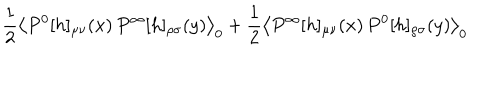
\frac { 1 } { 2 } \left< P ^ { 0 } [ h ] _ { \mu \nu } ( x ) \, P ^ { \infty } [ h ] _ { \rho \sigma } ( y ) \right> _ { 0 } + \frac { 1 } { 2 } \left< P ^ { \infty } [ h ] _ { \mu \nu } ( x ) \, P ^ { 0 } [ h ] _ { \rho \sigma } ( y ) \right> _ { 0 }